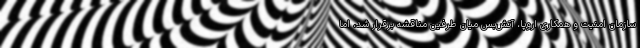
سازمان امنیت و همکاری اروپا، آتش‌بس میان طرفین مناقشه برقرار شد، اما